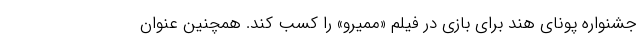
جشنواره پونای هند برای بازی در فیلم «ممیرو» را کسب کند. همچنین عنوان